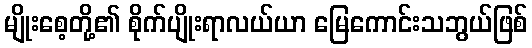
မျိုးစေ့တို့၏ စိုက်ပျိုးရာလယ်ယာ မြေကောင်းသဘွယ်ဖြစ်